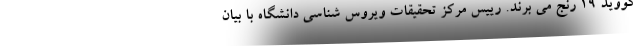
کووید ۱۹ رنج می برند. رییس مرکز تحقیقات ویروس شناسی دانشگاه با بیان